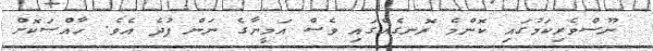
ނޫސްވެރިކަމުގައި ކޮންމެ ރޮނގެއްގައި ވެސް އަމީނާގެ ނަން ފުދެ އެވެ. ހާއްސަކޮށް